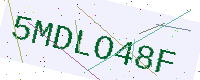
Text: 5MDLO48F